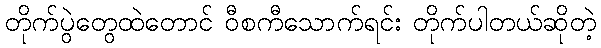
တိုက်ပွဲတွေထဲတောင် ဝီစကီသောက်ရင်း တိုက်ပါတယ်ဆိုတဲ့